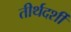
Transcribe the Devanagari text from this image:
तीर्थदर्शी